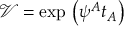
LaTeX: \mathcal { V } = \exp \, \left( \psi ^ { A } t _ { A } \right)